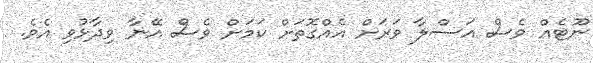
ނޫޓެއް ވެސް އަސްލާ ވަރަށް އެއްގޮތަށް ކަމަށް ވެސް އޭނާ ވިދާޅުވި އެވެ.